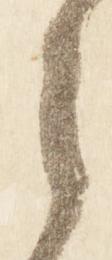
之